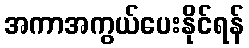
အကာအကွယ်ပေးနိုင်ရန်